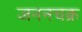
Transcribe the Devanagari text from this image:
जननचक्र